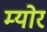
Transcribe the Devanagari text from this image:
म्‍योर